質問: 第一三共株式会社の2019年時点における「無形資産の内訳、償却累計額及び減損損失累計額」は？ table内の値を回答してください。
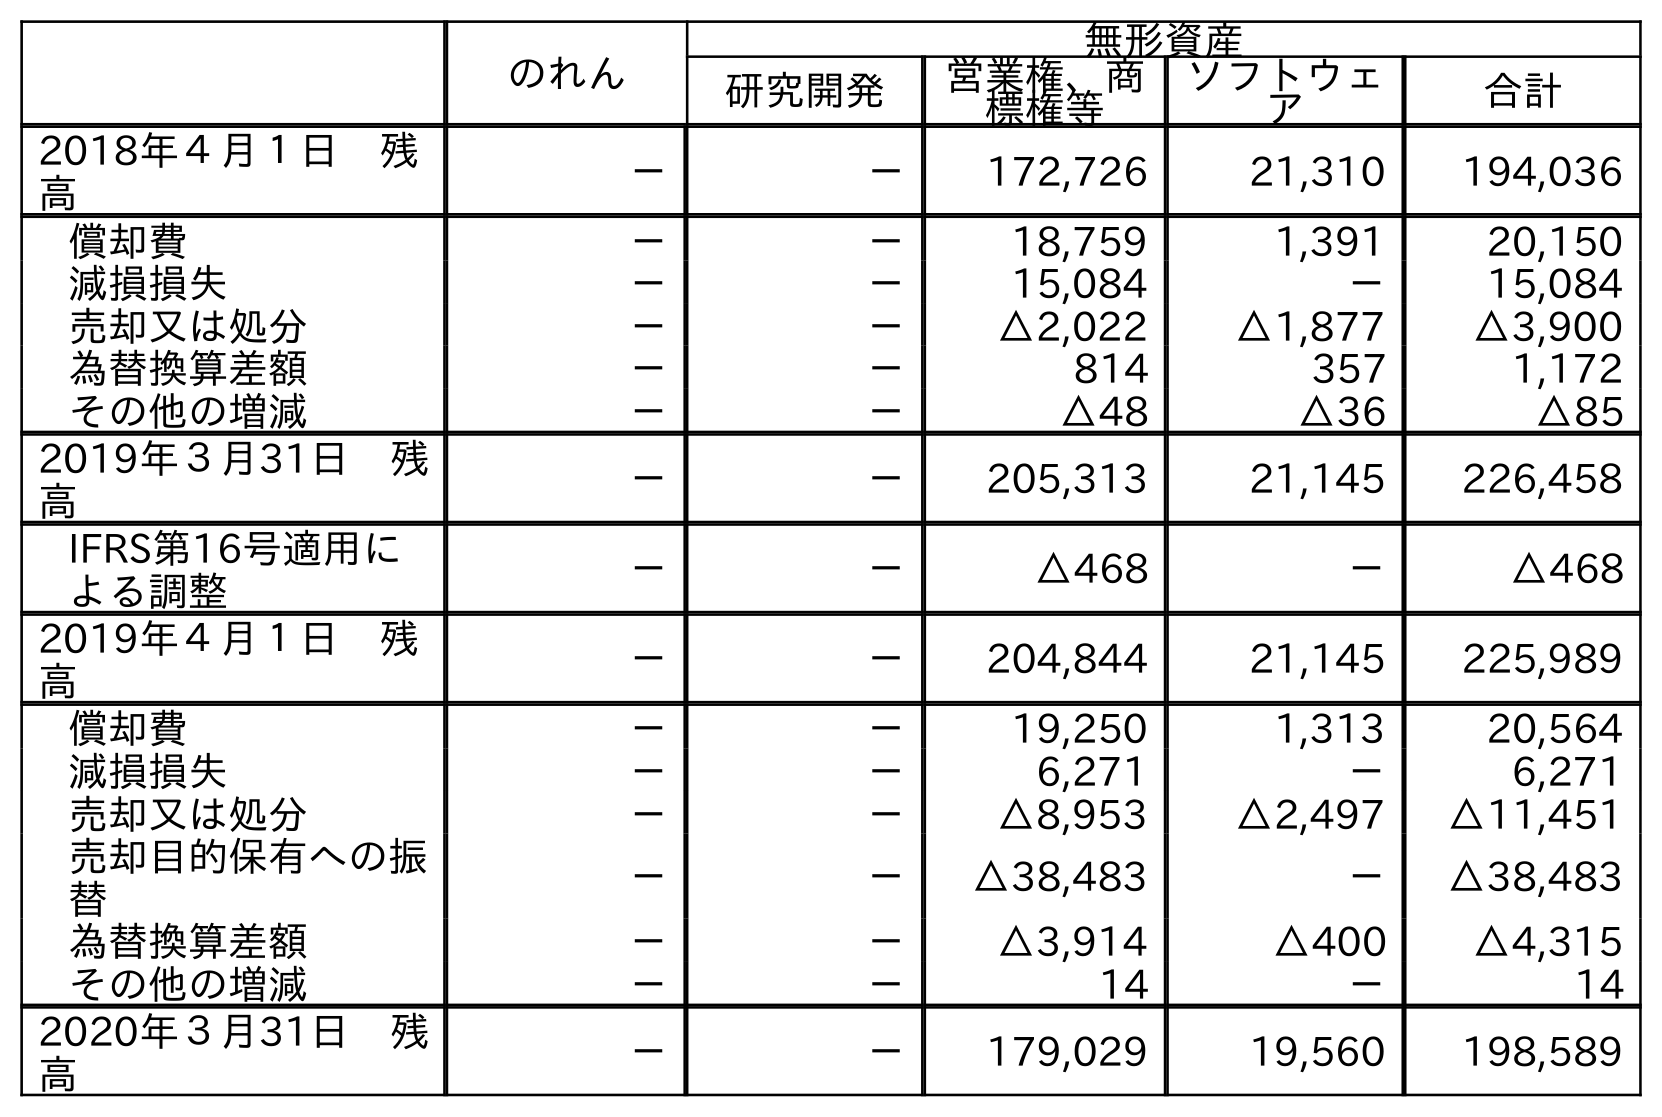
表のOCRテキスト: のれん 無形資産 研究開発 営業権、商 標権等 ソフトウェ ア 合計 2018年４月１日 残 高 － － 172,726 21,310 194,036 償却費 － － 18,759 1,391 20,150 減損損失 － － 15,084 － 15,084 売却又は処分 － － △2,022 △1,877 △3,900 為替換算差額 － － 814 357 1,172 その他の増減 － － △48 △36 △85 2019年３月31日 残 高 － － 205,313 21,145 226,458 IFRS第16号適用に よる調整 － － △468 － △468 2019年４月１日 残 高 － － 204,844 21,145 225,989 償却費 － － 19,250 1,313 20,564 減損損失 － － 6,271 － 6,271 売却又は処分 － － △8,953 △2,497 △11,451 売却目的保有への振 替 － － △38,483 － △38,483 為替換算差額 － － △3,914 △400 △4,315 その他の増減 － － 14 － 14 2020年３月31日 残 高 － － 179,029 19,560 198,589
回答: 226,458